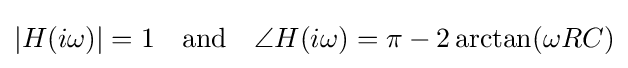
|H(i\omega )|=1\quad {\text{and}}\quad \angle H(i\omega )=\pi -2\arctan(\omega RC)